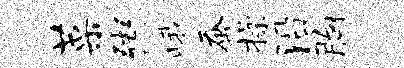
菜粥峨蚕操沿胸